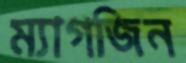
ম্যাগজিন